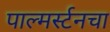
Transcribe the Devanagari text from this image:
पाल्मर्स्टनचा